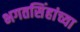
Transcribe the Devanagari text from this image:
भगतसिंहांच्या